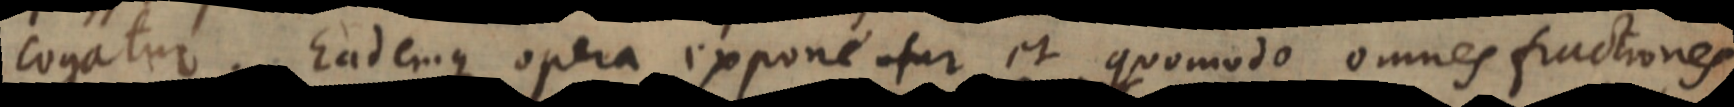
cogatur. Eademque opera exponentur et quomodo omnes fractiones